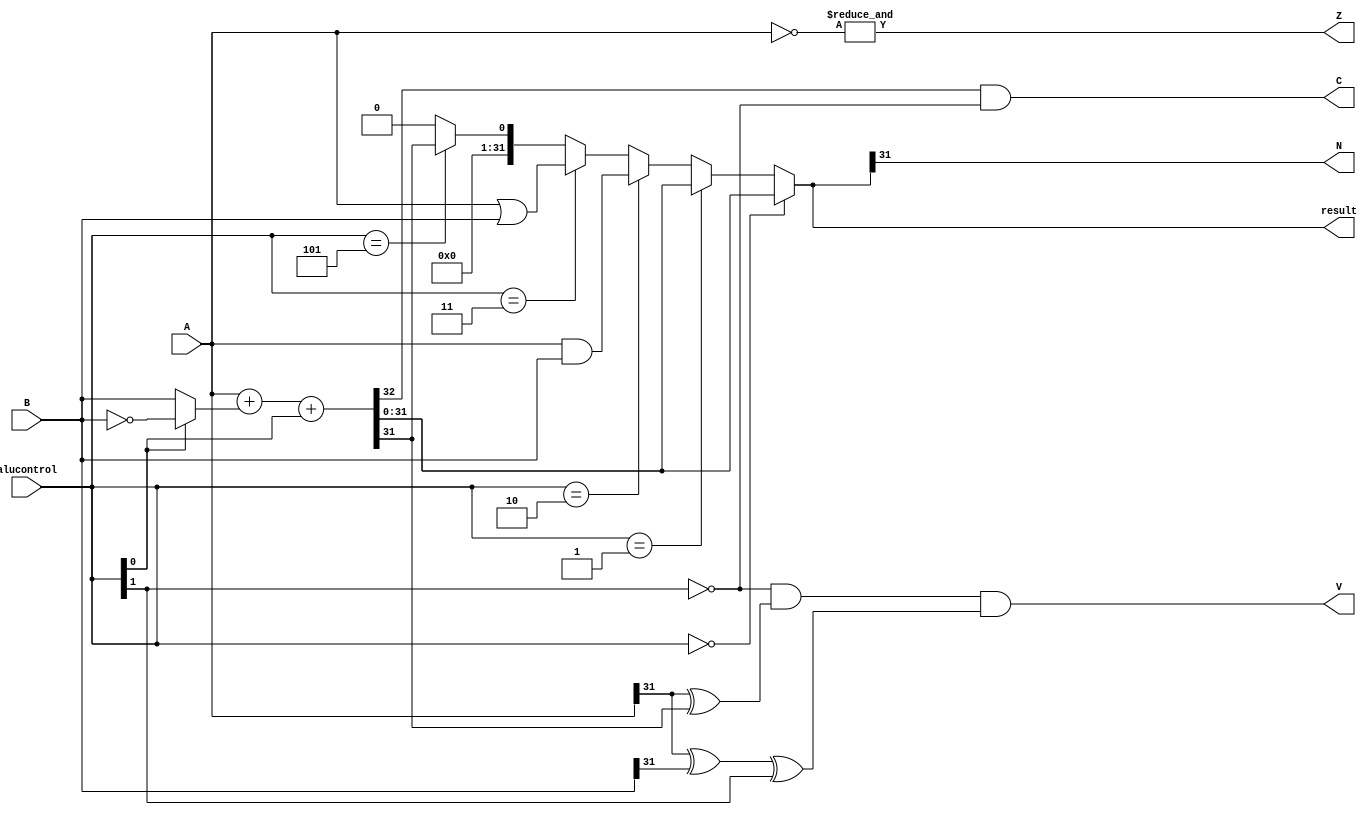
module alu (A,B,alucontrol,result,Z,N,V,C);
    input [31:0] A,B;
    input [2:0] alucontrol;

    output [31:0] result;
    output Z,N,V,C;


    
    //deaclare logic wire for internal outputs of logic
    wire [31:0] a_and_b;
    wire [31:0] a_or_b;
    wire [31:0] not_b;
    wire [31:0] alu_mux1;
    wire [31:0] sum;
    wire [31:0] alu_mux2;
    wire [31:0] slt;
    wire  cout;

    //logic
    assign a_and_b = A & B;

    assign a_or_b = A | B;

    assign not_b = ~B;

    assign alu_mux1 = (alucontrol[0] == 1'b0) ? B :not_b;
    
    assign {cout,sum} = A + alu_mux1 + alucontrol[0];/// here the alu mux1 will be B if alucntrl is 0 
                                             ///and if 1 it will be the ones compliment of B + 1
                                             ///(control bit) which is twos compliment

    assign alu_mux2 = (alucontrol[2:0] == 3'b000) ? sum :
                      (alucontrol[2:0] == 3'b001) ? sum : 
                      (alucontrol[2:0] == 3'b010) ? a_and_b :
                      (alucontrol[2:0] == 3'b011) ? a_or_b :
                      (alucontrol[2:0] == 3'b101) ? slt : 32'h00000000;
    assign result = alu_mux2;
// f;ag

    assign Z = &(~A); // zero flag

    assign N = result[31];// 31 st big 1 or not

    assign C = cout &(~alucontrol[1]);//  carry flag

    assign V = (~alucontrol[1]) & (A[31] ^ sum[31] )& (A[31] ^ B[31] ^ alucontrol[1]);// overflow flag

    assign slt = {31'b0000000000000000000000000000000,sum[31]};
endmodule